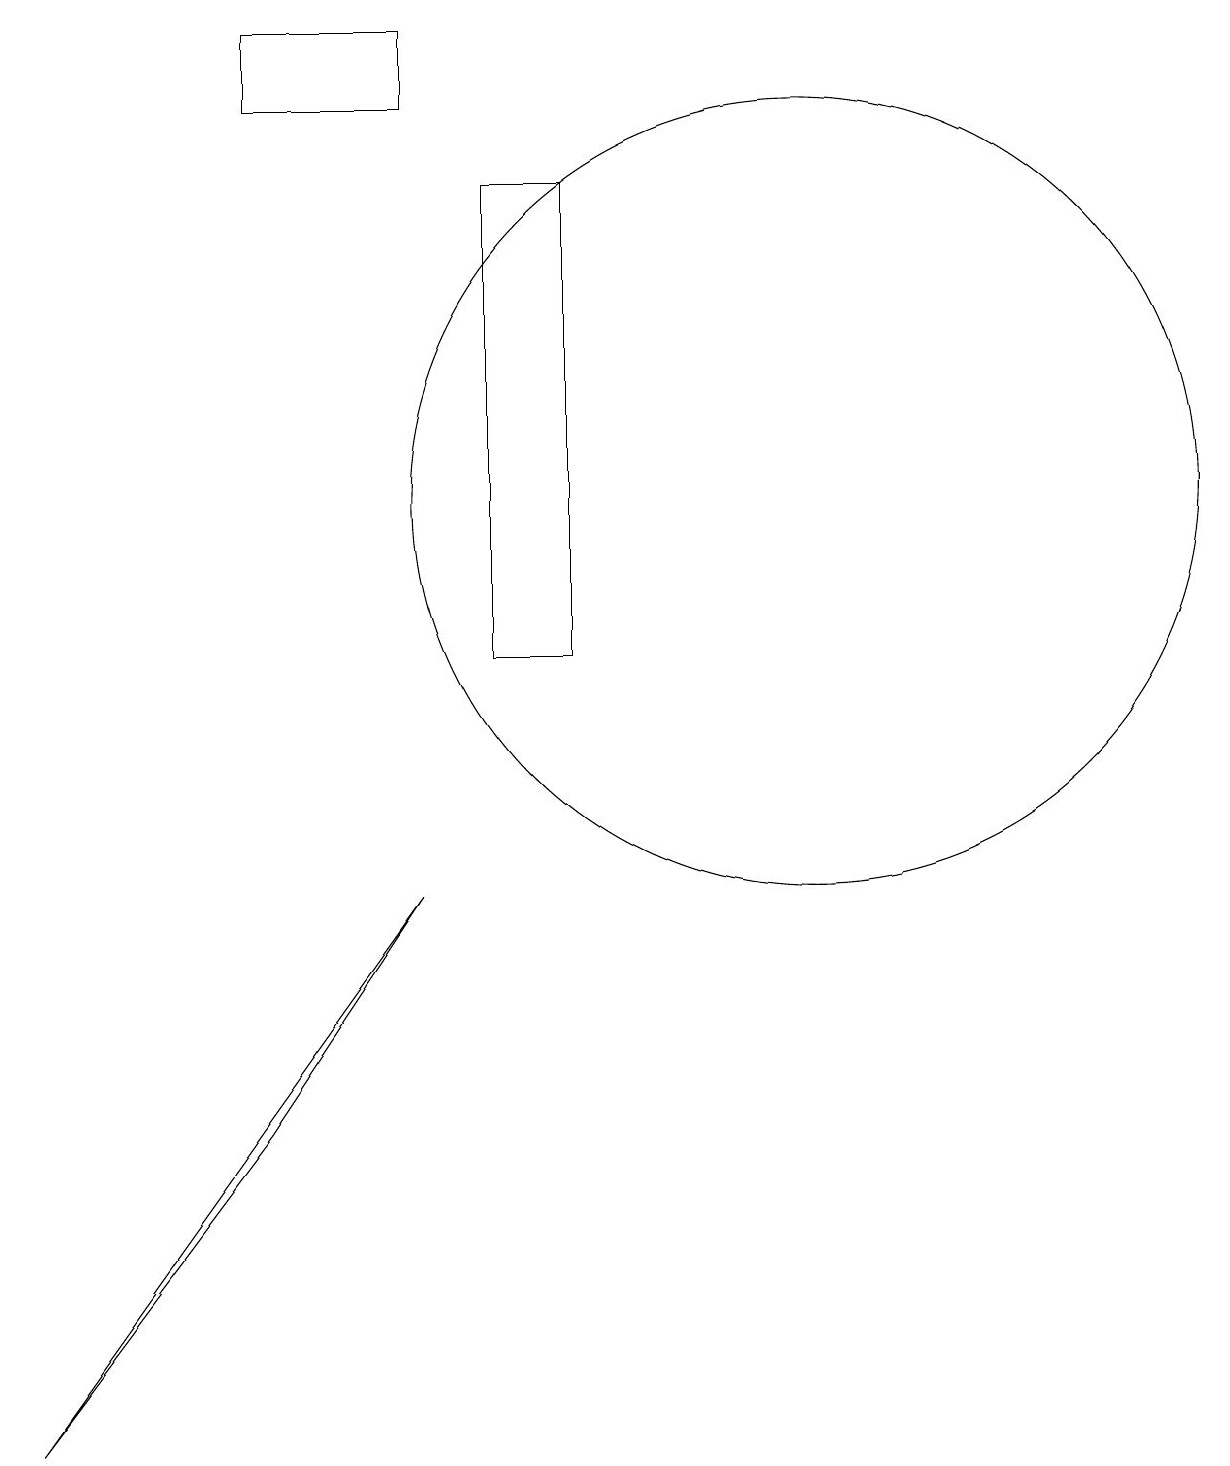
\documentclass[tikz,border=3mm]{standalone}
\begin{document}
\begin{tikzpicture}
\draw (5,17) rectangle (3,18);
\draw (10,12) circle (5);
\draw (3,4) -- (0,0) -- (5,7) -- cycle;
\draw (6,16) rectangle (7,10);
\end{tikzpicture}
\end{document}